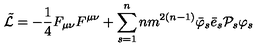
\tilde { { \cal L } } = - \frac { 1 } { 4 } F _ { \mu \nu } F ^ { \mu \nu } + \sum _ { s = 1 } ^ { n } n m ^ { 2 \left( n - 1 \right) } { \bar { \varphi } } _ { s } { \bar { e } } _ { s } { { \cal P } } _ { s } { \varphi } _ { s }